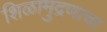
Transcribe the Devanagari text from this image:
शिळामुद्रणाचा